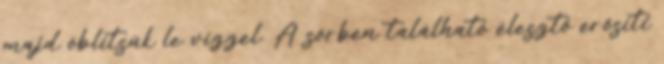
majd öblítsük le vízzel. A sörben található élesztő erősíti